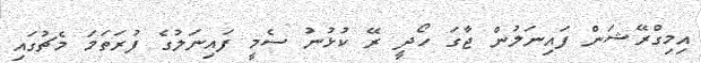
އިމިގްރޭޝަން ފައިނަލުން ޖާގަ ހޯދީ ރޭ ކުޅުނު ސެމީ ފައިނަލުގެ ފުރަތަމަ މެޗުގައި